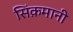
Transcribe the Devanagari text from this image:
सिंक़मानी